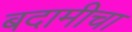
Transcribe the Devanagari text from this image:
बदामीचा